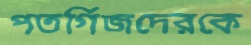
পতর্গিজদেরকে